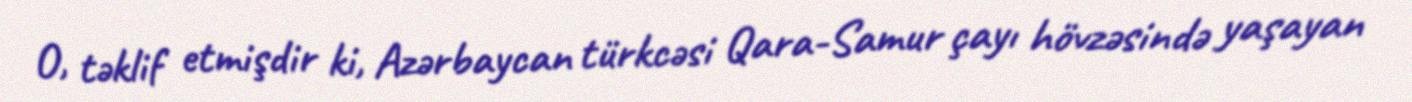
O, təklif etmişdir ki, Azərbaycan türkcəsi Qara-Samur çayı hövzəsində yaşayan